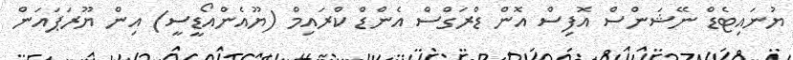
ޔުނައިޓެޑް ނޭޝަންސް އޮފިސް އޮން ޑްރަގްސް އެންޑް ކްރައިމް (ޔޫއެންއޯޑީސީ) އިން ޔޫރަޕައަން